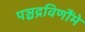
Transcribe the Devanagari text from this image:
पञ्चद्रविणौंमे